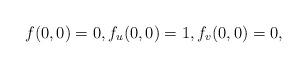
LaTeX: \begin{align*}f(0,0)=0,f_u(0,0)=1,f_v(0,0)=0, \end{align*}